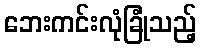
ဘေးကင်းလုံခြုံသည့်